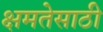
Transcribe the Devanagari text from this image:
क्षमतेसाठी